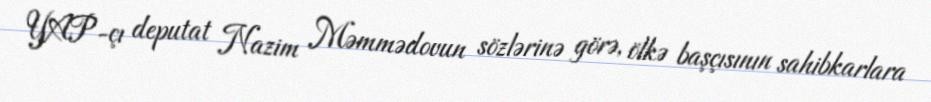
YAP-çı deputat Nazim Məmmədovun sözlərinə görə, ölkə başçısının sahibkarlara